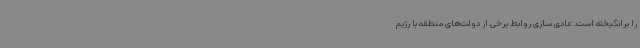
را برانگیخته است. عادی سازی روابط برخی از دولت‌های منطقه با رژیم